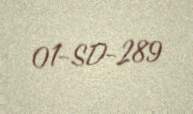
01-SD-289